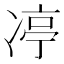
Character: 𪞨